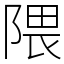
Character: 隈